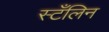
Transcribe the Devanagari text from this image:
स्टँलिन